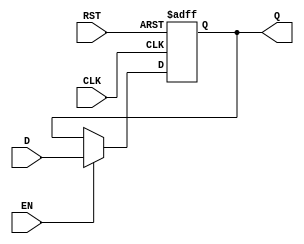
module IntermediateRegister #(
    parameter DATA_WIDTH = 8  // Parameter to define the width of the data input
)(
    input  wire [DATA_WIDTH-1:0] D,   // Data input
    input  wire CLK,                   // Clock input
    input  wire EN,                    // Enable input
    input  wire RST,                   // Asynchronous reset input
    output reg  [DATA_WIDTH-1:0] Q     // Data output
);

// Asynchronous reset and synchronous data capture
always @(posedge CLK or posedge RST) begin
    if (RST) begin
        Q <= {DATA_WIDTH{1'b0}}; // Reset the register to zero
    end else if (EN) begin
        Q <= D; // Capture data on clock edge if enabled
    end
    // If EN is low, Q retains its previous value
end

endmodule